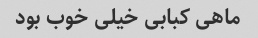
ماهی کبابی خیلی خوب بود